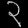
Digit: ၃